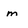
Character: m